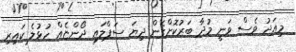
މިއަދު ވެސް ވަނީ މުދާ ބަރުކޮށްގެން ދިޔަ ސަޕްލައި ދޯންޏެއް ހުޅުލެ ކައިރި